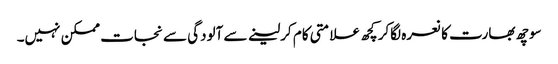
سوچھ بھارت کا نعرہ لگاکر کچھ علامتی کام کرلینے سے آلودگی سے نجات ممکن نہیں۔